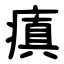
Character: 瘨